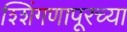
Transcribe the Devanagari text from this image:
श्शिंगणापूरच्या